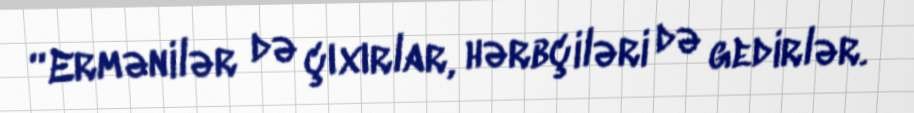
“Ermənilər də çıxırlar, hərbçiləri də gedirlər.